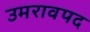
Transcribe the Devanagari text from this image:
उमरावपद